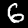
Digit: 6